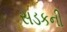
સડકની